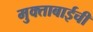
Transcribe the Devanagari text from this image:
मुक्ताबाईची